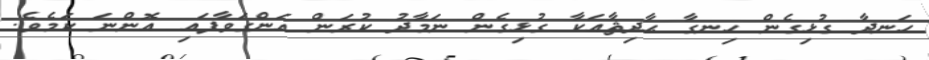
ހަނދާ ގުޅިގެން ހިނގާ ޙާދިޘާއަކާ ގުޅިގެން ނަމާދު ކުރަން އަންގަވާފައި އޮންނަ ކަމެވެ.